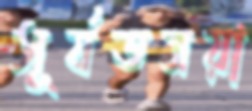
সূর্যতনয়া